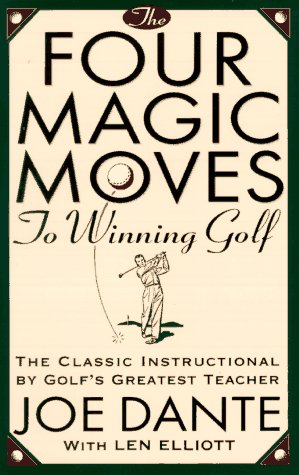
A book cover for The Four Magic Moves to Winning Golf; Joe Dante; Sports & Outdoors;